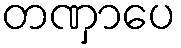
တဏှာပေ